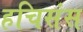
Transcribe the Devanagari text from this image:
हचिसंस